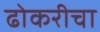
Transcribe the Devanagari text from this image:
ढोकरीचा